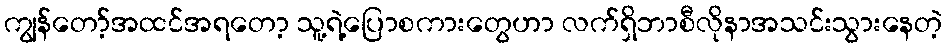
ကျွန်တော့်အထင်အရတော့ သူ့ရဲ့ပြောစကားတွေဟာ လက်ရှိဘာစီလိုနာအသင်းသွားနေတဲ့